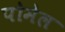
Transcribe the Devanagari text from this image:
पोमेल